Civil Veterinary Dept. Bombay admin report 1914-1922 - 1914-1922
Year: 1914
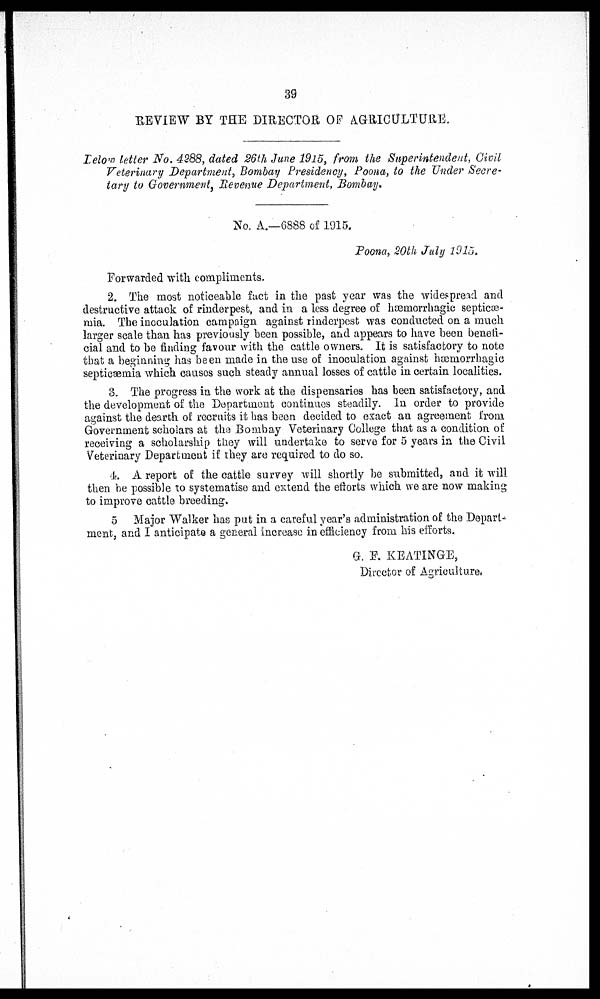
39
REVIEW BY THE DIRECTOR OF AGRICULTURE.
Below letter No. 4288, dated 26th June 1915, from the Superintendent, Civil
Veterinary Department, Bombay Presidency, Poona, to the Under Secre-
tary to Government, Revenue Department, Bombay.
No. A.—6888 of 1915.
Poona, 20th July 1915.
Forwarded with compliments.
2. The most noticeable fact in the past year was the widespread and
destructive attack of rinderpest, and in a less degree of hæmorrhagic septicæ-
mia. The inoculation campaign against rinderpest was conducted on a much
larger scale than has previously been possible, and appears to have been benefi-
cial and to be finding favour with the cattle owners. It is satisfactory to note
that a beginning has been made in the use of inoculation against hæmorrhagic
septicæmia which causes such steady annual losses of cattle in certain localities.
3. The progress in the work at the dispensaries has been satisfactory, and
the development of the Department continues steadily. In order to provide
against the dearth of recruits it has been decided to exact an agreement from
Government scholars at the Bombay Veterinary College that as a condition of
receiving a scholarship they will undertake to serve for 5 years in the Civil
Veterinary Department if they are required to do so.
4. A report of the cattle survey will shortly be submitted, and it will
then be possible to systematise and extend the efforts which we are now making
to improve cattle breeding.
5 Major Walker has put in a careful year's administration of the Depart-
ment, and I anticipate a general increase in efficiency from his efforts.
G. F. KEATINGE,
Director of Agriculture.